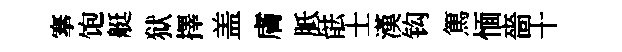
搴饱艇狱擇盖膚胝䏻士漢钩篤愐嗇十